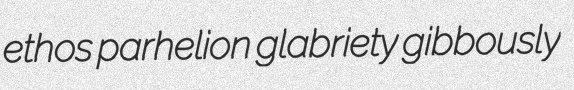
ethos parhelion glabriety gibbously